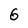
Character: 6